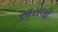
સારોલી